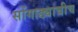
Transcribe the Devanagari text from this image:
सोंगाड्याचीच